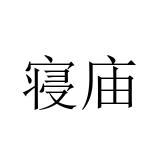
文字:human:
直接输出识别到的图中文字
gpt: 寝庙